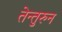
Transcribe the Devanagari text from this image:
तेन्तुरुन